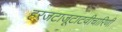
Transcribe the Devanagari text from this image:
हरजटाजूटाटवीचारिणी